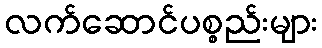
လက်ဆောင်ပစ္စည်းများ